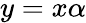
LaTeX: y=x\alpha